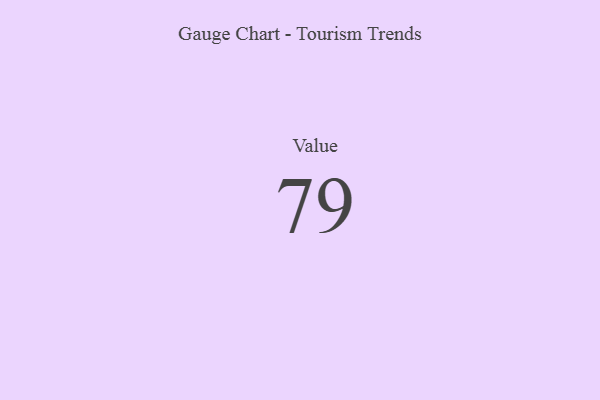
{"axis": {"x": "Metric", "y": "Value"}, "legend": [""], "data": [{"x": "Value", "y": 79, "type": ""}]}